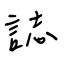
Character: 誌